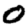
Digit: 0